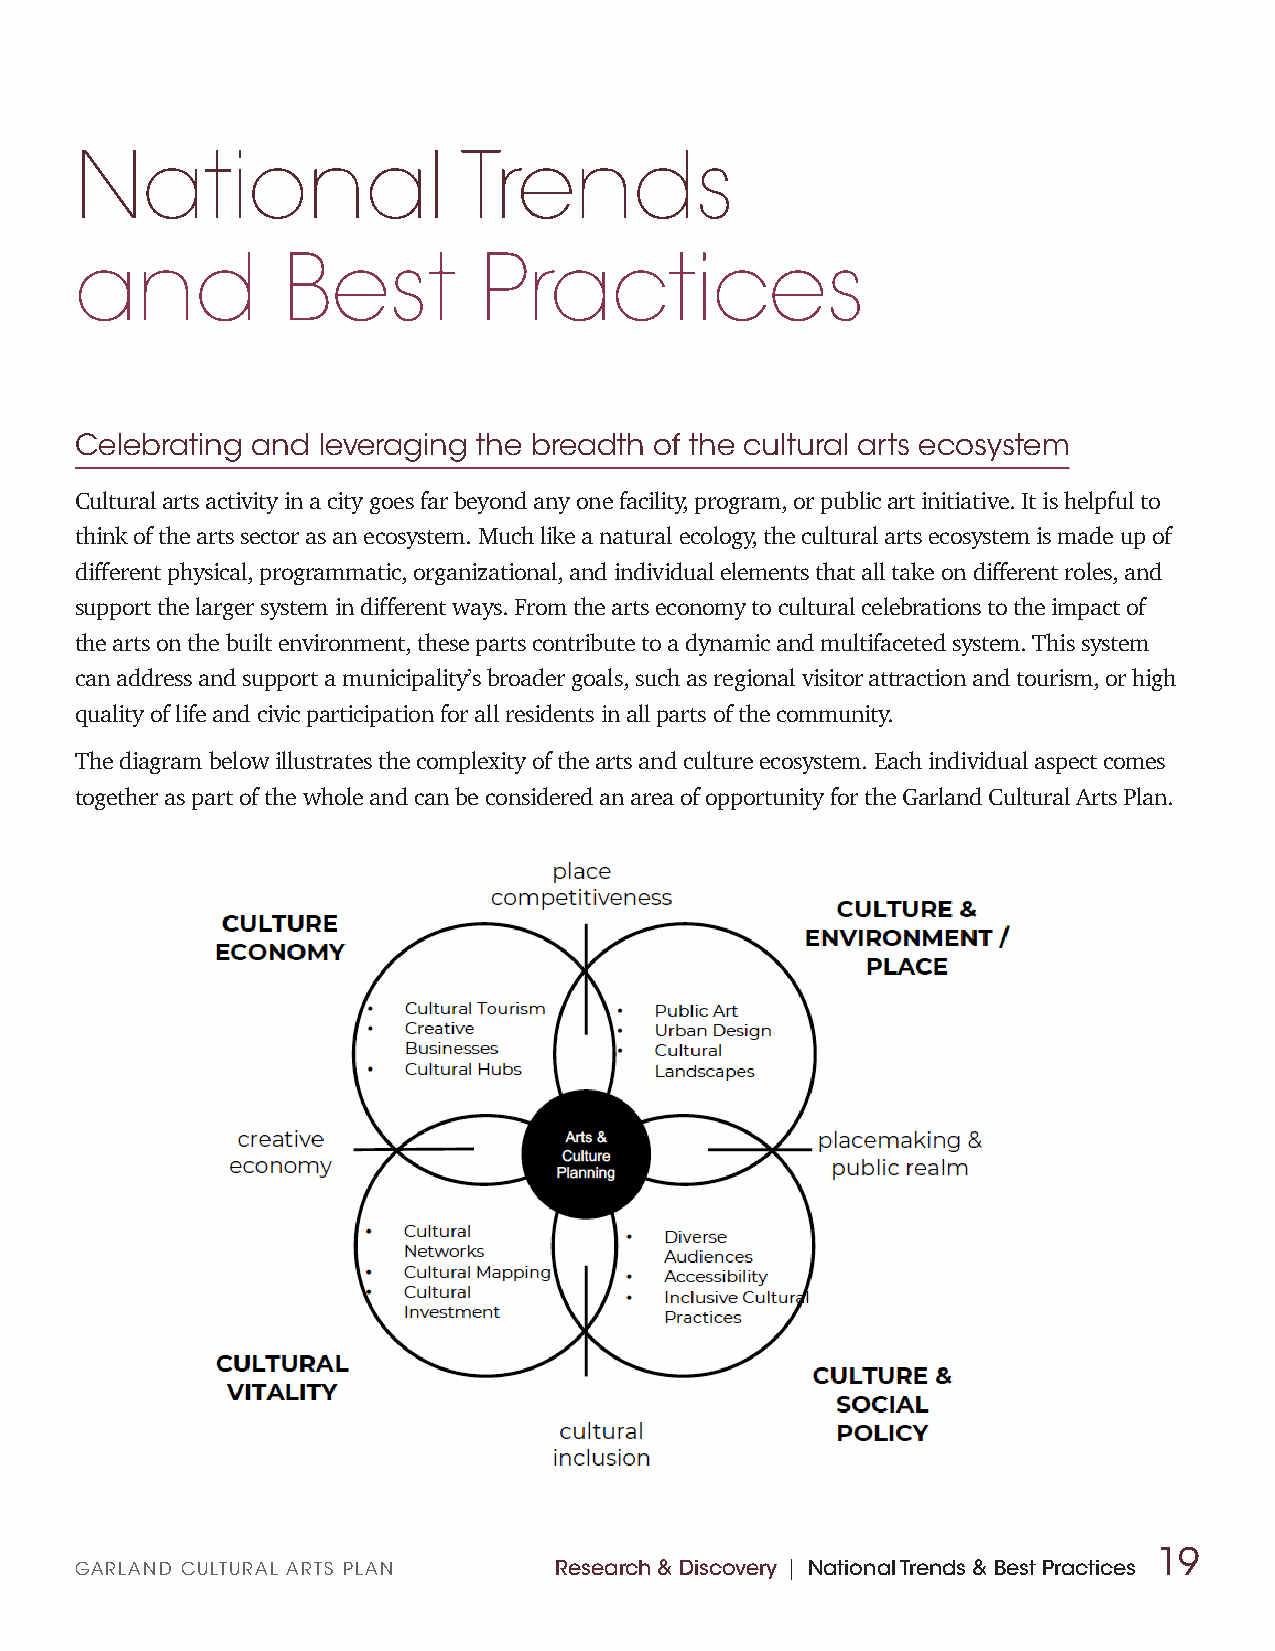
National                  Trends
 and           Best         Practices
 Celebrating and leveraging the breadth of the cultural arts ecosystem
 Cultural arts activity in a city goes far beyond any one facility, program, or public art initiative. It is helpful to
 think of the arts sector as an ecosystem. Much like a natural ecology, the cultural arts ecosystem is made up of
 different physical, programmatic, organizational, and individual elements that all take on different roles, and
 support the larger system in different ways. From the arts economy to cultural celebrations to the impact of
 the arts on the built environment, these parts contribute to a dynamic and multifaceted system. This system
 can address and support a municipality’s broader goals, such as regional visitor attraction and tourism, or high
 quality of life and civic participation for all residents in all parts of the community.
 The diagram below illustrates the complexity of the arts and culture ecosystem. Each individual aspect comes
 together as part of the whole and can be considered an area of opportunity for the Garland Cultural Arts Plan.
 19
 GARLAND CULTURAL ARTS PLAN      Research & Discovery | National Trends & Best Practices